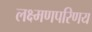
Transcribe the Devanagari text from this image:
लक्ष्मणपरिणय